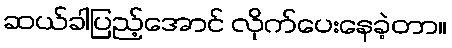
ဆယ်ခါပြည့်အောင် လိုက်ပေးနေခဲ့တာ။